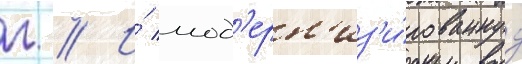
г // И́ мод'ерн'из'и́рованнуу